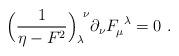
LaTeX: \begin{align*}\Bigl( {1\over \eta - F^2} \Bigr)_\lambda^{\ \nu}\partial_\nu F_\mu^{\ \lambda} = 0 \ .\end{align*}